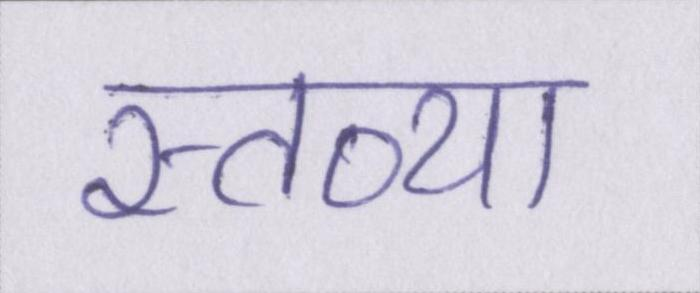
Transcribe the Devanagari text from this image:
स्तव्या